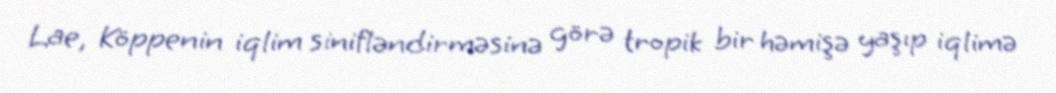
Lae, Köppenin iqlim sinifləndirməsinə görə tropik bir həmişə yaşıp iqlimə